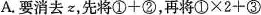
A.要消去z,先将$$①+②$$,再将$$①\times 2+③$$